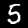
Digit: 5